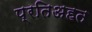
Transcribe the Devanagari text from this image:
प्रतिअहत